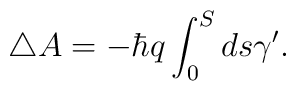
\triangle A=-\hbar q\int_0^Sds\gamma ^{\prime }.